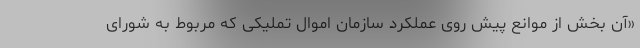
«آن بخش از موانع پیش روی عملکرد سازمان اموال تملیکی که مربوط به شورای